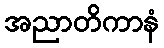
အညာတိကာနံ